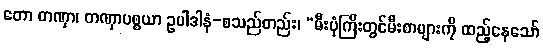
တော တဏှာ၊ တဏှာပစ္စယာ ဥပါဒါနံ-စသည်တည်း၊ “မီးပုံကြီးတွင်မီးစာများကို ထည့်နေသော်